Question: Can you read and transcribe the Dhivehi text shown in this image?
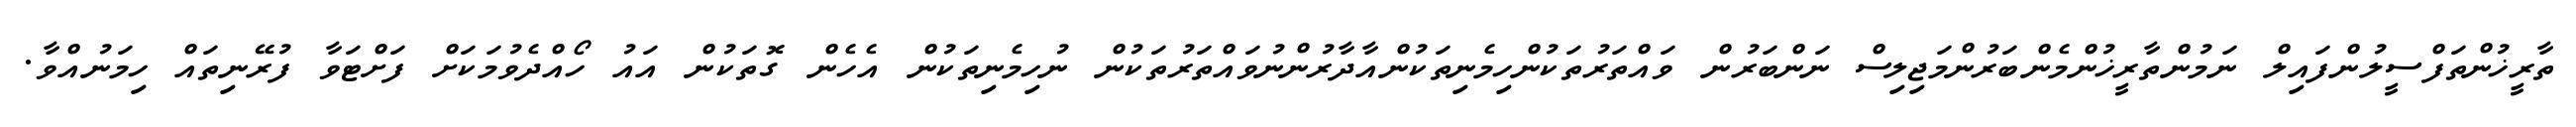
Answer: ތާރީޚުންތަފްސީލުންފައިލް ނަމުންތާރީޚުންމެންބަރުންމަޖިލިސް ނަންބަރުން ވައްތަރުތަކުންހިމެނިތަކުންއާދާރުންނުވައްތަރުތަކުން ނުހިމެނިތަކުން އެހެން ގޮތަކުން އައު ހޯއްދެވުމަކަށް ފަށްޓަވާ ފުރޭނިތައް ހިމަނުއްވާ.